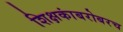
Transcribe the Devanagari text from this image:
शिक्षकांबरोबरच